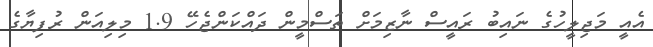
އެއީ މަޖިލީހުގެ ނައިބު ރައީސް ނާޒިމަށް ތަސްމީން ދައްކަންޖެހޭ 1.9 މިލިއަން ރުފިޔާގެ